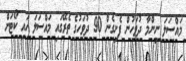
މައްސަލަ ނިންމާ ދުވަހުން ފެށިގެން 90 ދުވަހުގެ ތެރޭގައި މައްސަލަ ހައި ކޯޓަށް